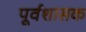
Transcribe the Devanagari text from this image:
पूर्वशासक